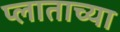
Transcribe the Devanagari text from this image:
प्लाताच्या